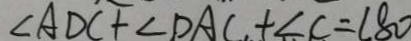
\angle A D C + \angle D A C + \angle C = 1 8 0